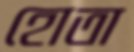
হোতা